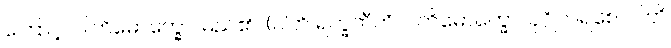
ကြောင့်။ ပါတိမောက္ခော၊ မည်၏။ (ပါတိ ရက္ခတီတိ ပါတိမောက္ခော၊ ပုဂ္ဂိုလ်ရစေ။ ပါတိ